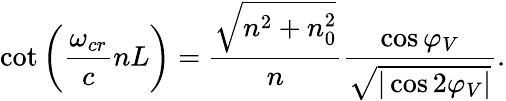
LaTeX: \cot\bigg(\frac{\omega_{cr}}{c}nL\bigg)=\frac{\sqrt{n^{2}+n_{0}^{2}}}{n}\frac{\cos{\varphi_{V}}}{\sqrt{|\cos{2\varphi_{V}}|}}.